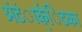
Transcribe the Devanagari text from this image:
अंंटंार्क्िटका